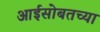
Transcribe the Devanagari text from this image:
आईसोबतच्या